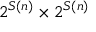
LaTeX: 2 ^ { S ( n ) } \times 2 ^ { S ( n ) }